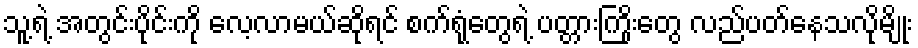
သူ့ရဲ့ အတွင်းပိုင်းကို လေ့လာမယ်ဆိုရင် စက်ရုံတွေရဲ့ ပတ္တားကြိုးတွေ လည်ပတ်နေသလိုမျိုး